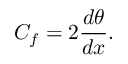
C _ { f } = 2 { \frac { d \theta } { d x } } .